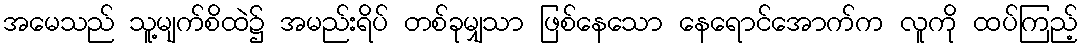
အမေသည် သူ့မျက်စိထဲ၌ အမည်းရိပ် တစ်ခုမျှသာ ဖြစ်နေသော နေရောင်အောက်က လူကို ထပ်ကြည့်